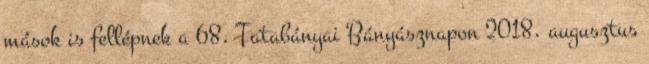
mások is fellépnek a 68. Tatabányai Bányásznapon 2018. augusztus